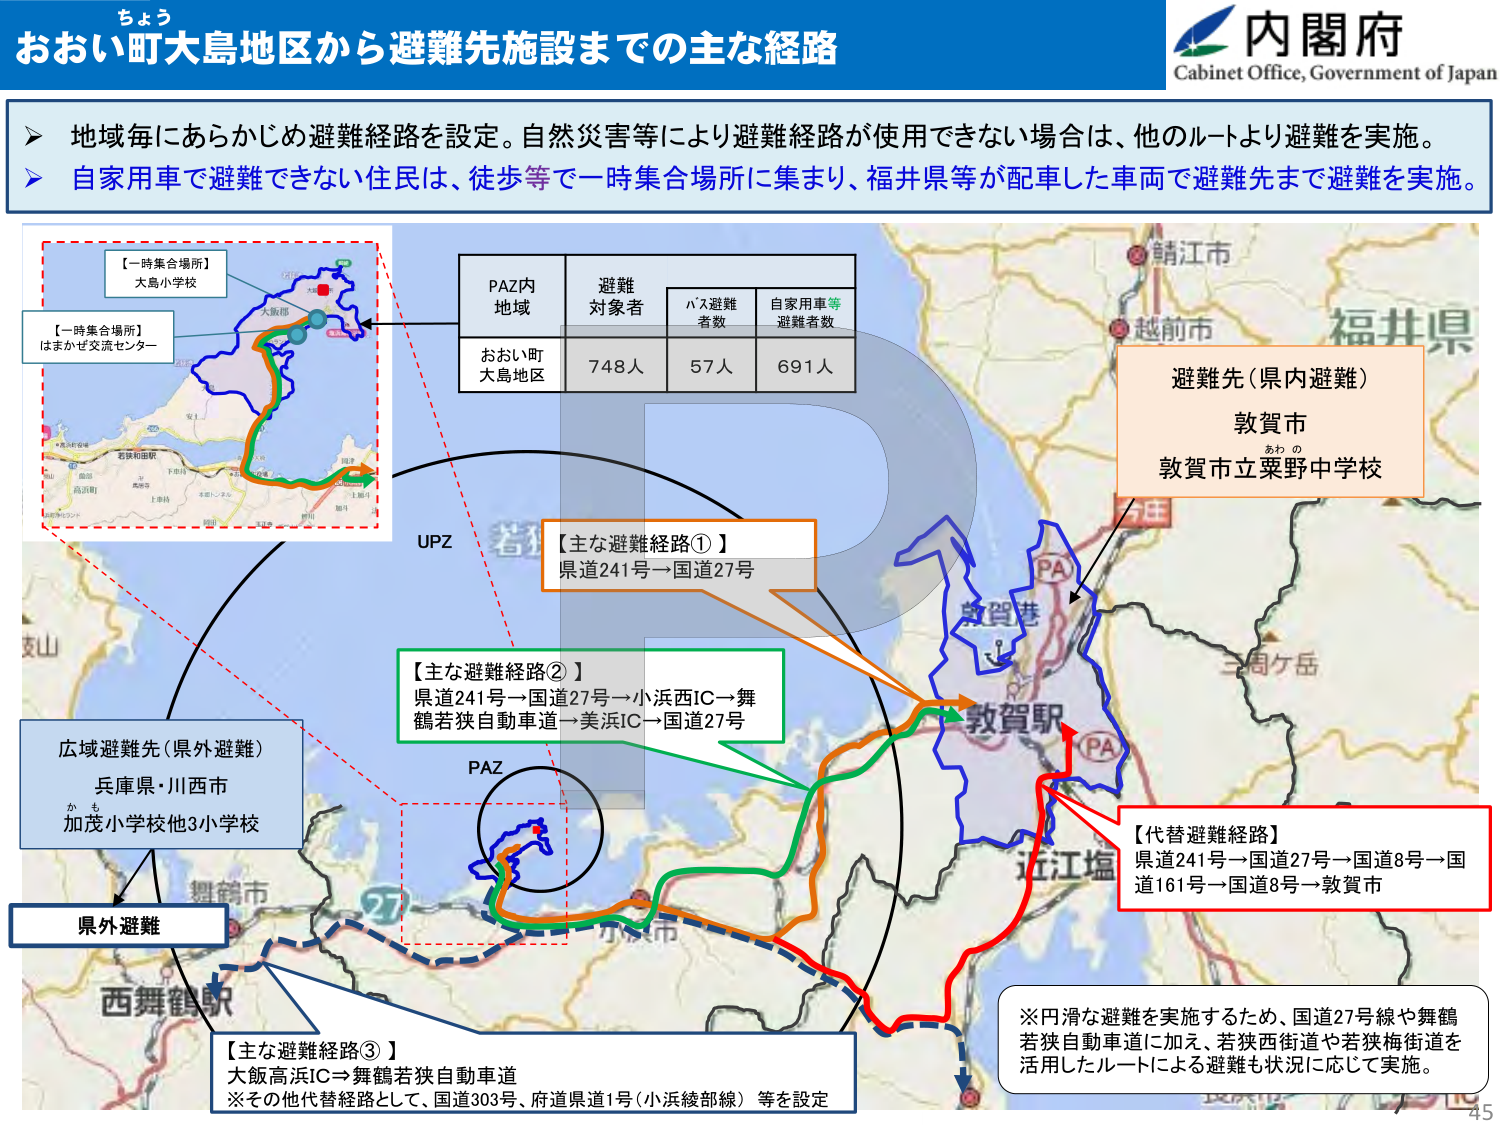
ちよう
おおい町大島地区から避難先施設までの主な経路
内閣府
Cabinet Office, Government of Japan

▶ 地域毎にあらかじめ避難経路を設定。自然災害等により避難経路が使用できない場合は、他のルートより避難を実施。
▶ 自家用車で避難できない住民は、徒歩等で一時集合場所に集まり、福井県等が配車した車両で避難先まで避難を実施。

【一時集合場所】
大島小学校
【一時集合場所】
はまかぜ交流センター

PAZ内
地域
避難
対象者
バス避難
者数
自家用車等
避難者数
おおい町
大島地区
748人
57人
691人

UPZ
【主な避難経路①】
県道241号→国道27号

【主な避難経路②】
県道241号→国道27号→小浜西IC→舞鶴若狭自動車道→美浜IC→国道27号

PAZ

避難先（県内避難）
敦賀市
あわの
敦賀市立粟野中学校

広域避難先（県外避難）
兵庫県・川西市
かも
加茂小学校他3小学校

県外避難

【代替避難経路】
県道241号→国道27号→国道8号→国道161号→国道8号→敦賀市

【主な避難経路③】
大飯高浜IC→舞鶴若狭自動車道
※その他代替経路として、国道303号、府道県道1号（小浜綾部線）等を設定

※円滑な避難を実施するため、国道27号線や舞鶴若狭自動車道に加え、若狭西街道や若狭梅街道を活用したルートによる避難も状況に応じて実施。

45